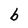
Character: b